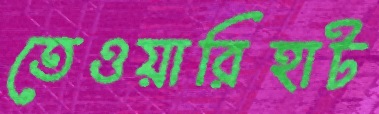
তেওয়ারিহাট